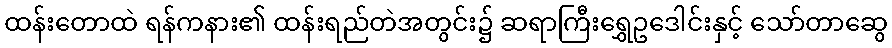
ထန်းတောထဲ ရန်ကနား၏ ထန်းရည်တဲအတွင်း၌ ဆရာကြီးရွှေဥဒေါင်းနှင့် သော်တာဆွေ